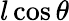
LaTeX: l\cos\theta